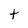
Character: t